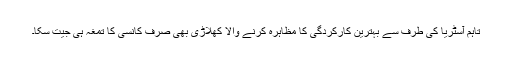
تاہم آسٹریا کی طرف سے بہترین کارکردگی کا مظاہرہ کرنے والا کھلاڑی بھی صرف کانسی کا تمغہ ہی جیت سکا۔